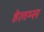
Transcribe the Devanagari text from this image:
हेलम्स